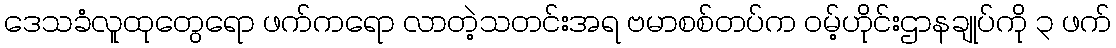
ဒေသခံလူထုတွေရော ဖက်ကရော လာတဲ့သတင်းအရ ဗမာစစ်တပ်က ဝမ့်ဟိုင်းဌာနချုပ်ကို ၃ ဖက်